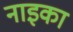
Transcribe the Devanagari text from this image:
नाइका